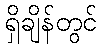
ရှိချိန်တွင်